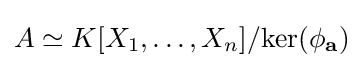
A\simeq K[X_{1},\dots ,X_{n}]/{\rm {ker}}(\phi _{\bf {a}})